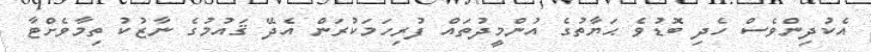
އެކުދިންވެސް ހެދި ބޮޑުވެ ޙަޔާތުގެ އުންމީދުތައް ފުރިހަމަކުރަން އެދޭ ޤައުމުގެ ނާޒުކު ތިމާވެށްޓާ